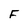
Character: F